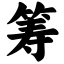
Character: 筹